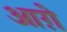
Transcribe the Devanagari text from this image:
आग़े